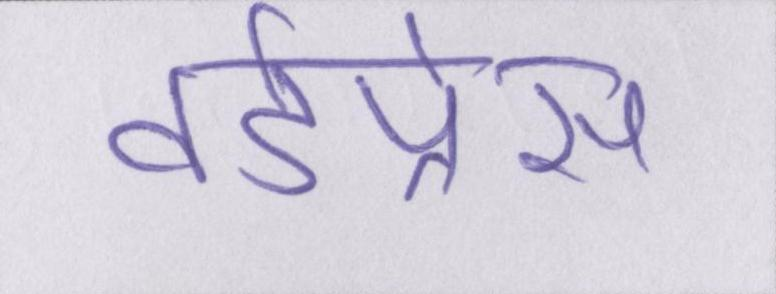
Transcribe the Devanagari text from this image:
वर्डप्रेस